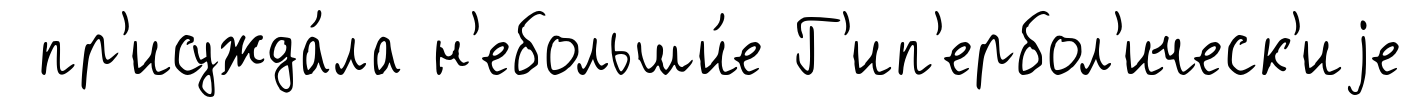
пр'исужда́ла н'ебольши́е Г'ип'ербол'ическ'иjе